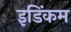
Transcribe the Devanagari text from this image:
इडिंकम